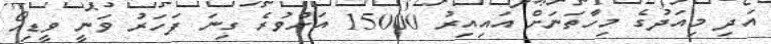
އަދި މިއަދުގެ މިހާތަނަށް އައިއިރު 15000 އަށްވުރެ ގިނަ ފަހަރު ވަނީ ވީޑިއޯ